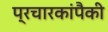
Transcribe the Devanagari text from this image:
प्रचारकांपैकी